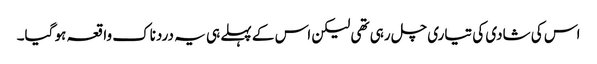
اس کی شادی کی تیاری چل رہی تھی لیکن اس کے پہلے ہی یہ دردناک واقعہ ہو گیا۔